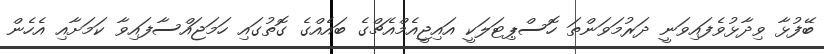
ބޭފުޅާ ވިދާޅުވެފައިވަނީ ދަރުމަވަންތަ ހޮސްޕިޓަލަކީ އައިޖީއެމްއެޗްގެ ބައެއްގެ ގޮތުގައި ހަމަޖައްސާފައިވާ ކަމަށާއި އެހެން